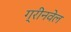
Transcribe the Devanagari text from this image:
ग्रीनवेल